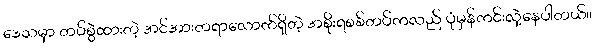
ဒေသမှာ တပ်စွဲထားတဲ့ အင်အားတရာလောက်ရှိတဲ့ အစိုးရစစ်တပ်ကလည် ပုံမှန်ကင်းလှဲ့နေပါတယ်။